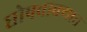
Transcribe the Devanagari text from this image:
घोषवाक्यात